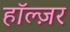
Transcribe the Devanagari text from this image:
हॉल्ज़र